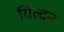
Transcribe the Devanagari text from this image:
यिल्दन